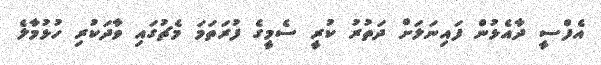
އެފްސީ ދާއެޅުން ފައިނަލަށް ދަތުރު ކުރީ ސެމީގެ ފުރަތަމަ މެޗުގައި ވާދަކުރި ހުޅުމާލެ